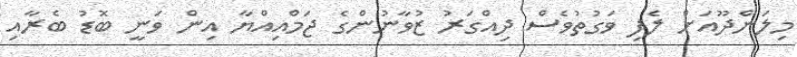
މިލަންދޫއަށް ލެފި ވަގުތުވެސް ދިއްގަރު ޒުވާނުންގެ ޖަމްއިއްޔާ އިން ވަނީ ބޮޑު ބެރާއި